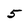
Character: 5